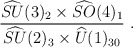
\begin{align*}\frac{\widehat{SU}(3)_2\times \widehat{SO}(4)_1}{\widehat{SU}(2)_{3}\times \widehat{U}(1)_{30}}~.\end{align*}